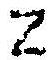
Z